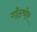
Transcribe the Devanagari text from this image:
गाँठचोर